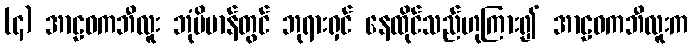
(၄) အာဠဝကဘီလူး ဘုံဗိမာန်တွင် ဘုရားရှင် နေထိုင်သည်ဟုကြား၍ အာဠဝကဘီလူးက